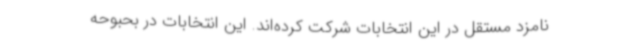
نامزد مستقل در این انتخابات شرکت کرده‌اند. این انتخابات در بحبوحه